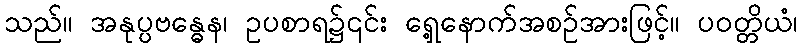
သည်။ အနုပ္ပဗန္ဓေန၊ ဥပစာရ၌၎င်း ရှေ့နောက်အစဉ်အားဖြင့်။ ပဝတ္တိယံ၊